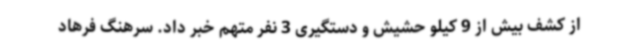
از کشف بیش از 9 کیلو حشیش و دستگیری 3 نفر متهم خبر داد. سرهنگ فرهاد